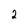
Character: 2